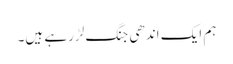
ہم ایک اندھی جنگ لڑرہے ہیں۔